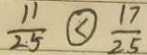
\frac { 1 1 } { 2 5 } \textcircled { < } \frac { 1 7 } { 2 5 }